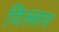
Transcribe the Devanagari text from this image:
दिल्लन